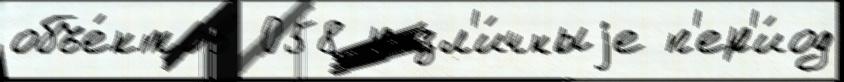
объе́ктов 058 разл'и́чныjе п'ер'и́од